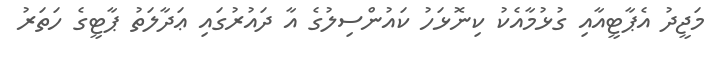
މަޖީދު އެޕާޓީއާއި ގުޅުމާއެކު ކިނޮޅަހު ކައުންސިލުގެ އާ ދައުރުގައި ޢަދާލަތު ޕާޓީގެ ހަތަރު